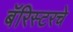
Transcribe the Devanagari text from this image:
बॅरिस्टरचे